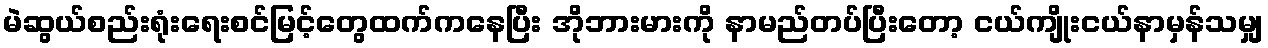
မဲဆွယ်စည်းရုံးရေးစင်မြင့်တွေထက်ကနေပြီး အိုဘားမားကို နာမည်တပ်ပြီးတော့ ငယ်ကျိုးငယ်နာမှန်သမျှ